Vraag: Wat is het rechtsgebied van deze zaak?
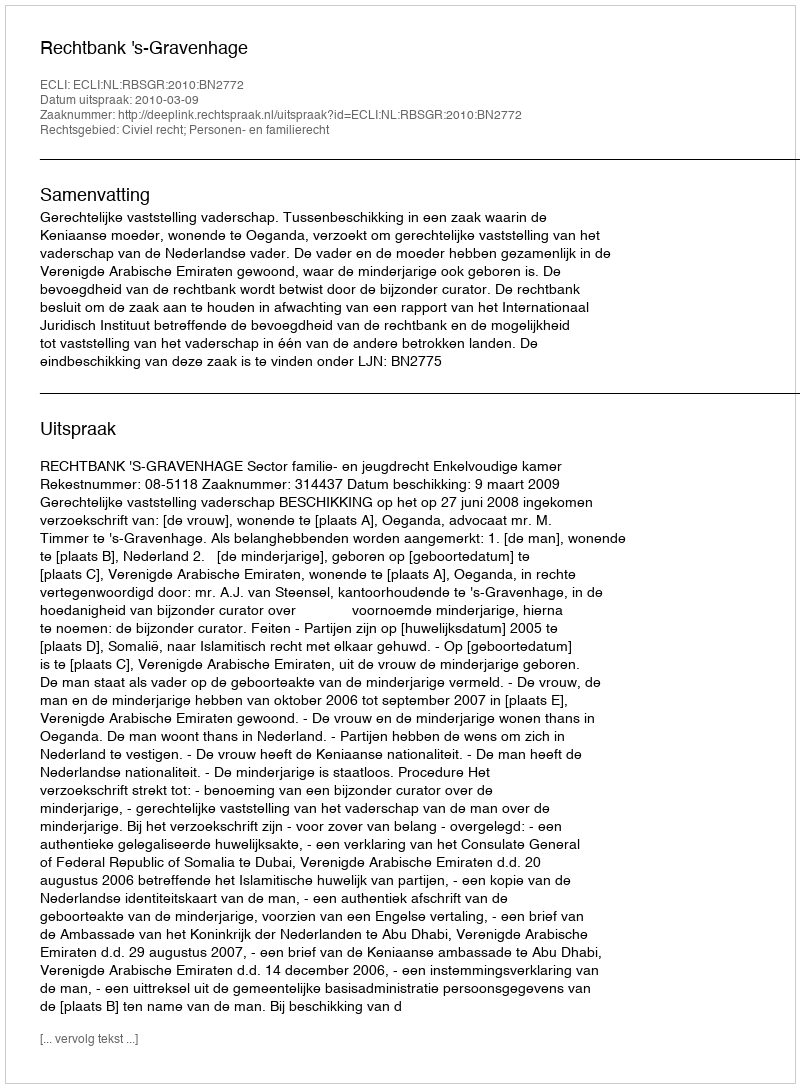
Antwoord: Civiel recht; Personen- en familierecht